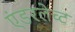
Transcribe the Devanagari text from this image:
एंडरलेच्ट